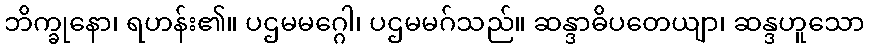
ဘိက္ခုနော၊ ရဟန်း၏။ ပဌမမဂ္ဂေါ၊ ပဌမမဂ်သည်။ ဆန္ဒာဓိပတေယျာ၊ ဆန္ဒဟူသော